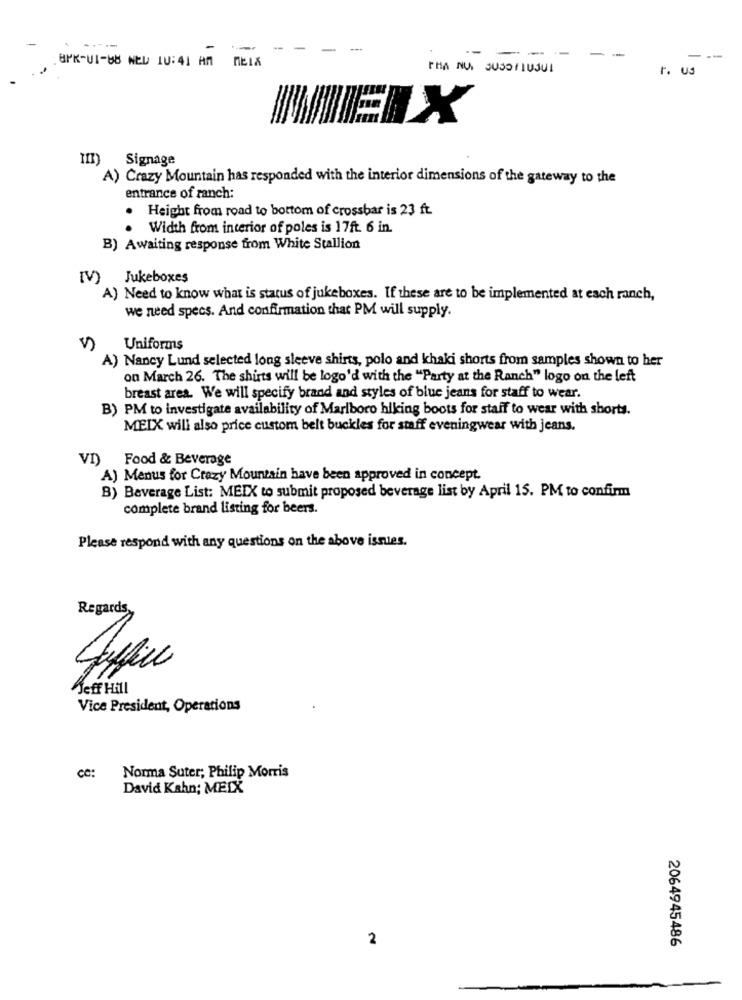
-
----
-
-
- - --
-
-
BPK-UI-88 NED 10:41 AM
NEIX
--
THA NUN JUSOYLUJUL
r. Us
III) Signage
A) Crazy Mountain has responded with the interior dimensions of the gateway to the
entrance of ranch:
. Height from road to bottom of crossbar is 23 ft.
Width from interior of poles is 17ft. 6 in.
B) Awaiting response from White Stallion
[V) Jukeboxes
A) Need to know what is status of jukeboxes. If these are to be implemented at each ranch,
we need specs. And confirmation that PM will supply.
Uniforms
A) Nancy Lund selected long sleeve shirts, polo and khaki shorts from samples shown to her
on March 26. The shirts will be logo'd with the "Party at the Ranch" logo on the left
breast area. We will specify brand and styles of blue jeans for staff to wear.
B) PM to investigate availability of Marlboro hiking boots for staff to wear with shorts.
MEIX will also price custom belt buckles for staff eveningwear with jeans.
VI)
Food & Beverage
A) Menus for Crazy Mountain have been approved in concept.
B) Beverage List: MEIX to submit proposed beverage list by April 15. PM to confirm
complete brand listing for beers.
Please respond with any questions on the above isnies.
Regards
Jeff Hill
Vice President, Operations
CC:
Norma Suter; Philip Morris
David Kahn; MEIX
2
2064945486